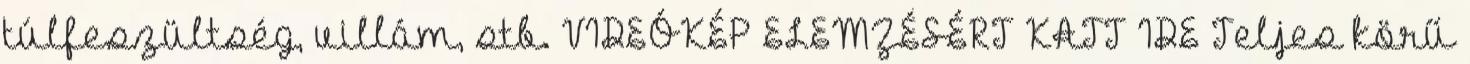
túlfeszültség, villám, stb. VIDEÓKÉP ELEMZÉSÉRT KATT IDE Teljes körű